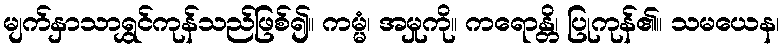
မျက်နှာသာရွှင်ကုန်သည်ဖြစ်၍။ ကမ္မံ၊ အမှုကို။ ကရောန္တိ၊ ပြုကုန်၏။ သမယေန၊